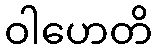
ဝါဟေတိ